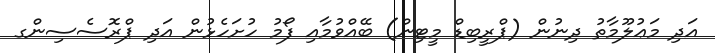
އަދި މަޢުލޫމާތު ދިނުން (ޕްރީބިޑް މީޓިން) ބޭއްވުމާއި ފޯމު ހުށަހެޅުން އަދި ޕްރޮސެސިންގ